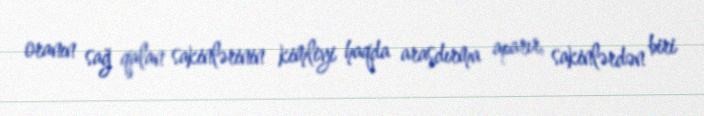
oranın sağ qalan sakinlərinin kimliyi haqda araşdırma aparır, sakinlərdən biri